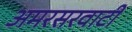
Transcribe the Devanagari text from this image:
अमरसरवाटी